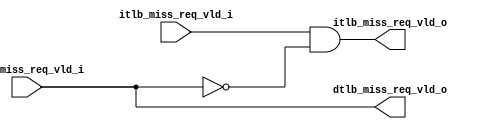
module rvh_tlb_arbiter (
	dtlb_miss_req_vld_i,
	itlb_miss_req_vld_i,
	dtlb_miss_req_vld_o,
	itlb_miss_req_vld_o
);
	parameter DTLB_PRIOR = 1;
	input dtlb_miss_req_vld_i;
	input itlb_miss_req_vld_i;
	output dtlb_miss_req_vld_o;
	output itlb_miss_req_vld_o;
	assign dtlb_miss_req_vld_o = (DTLB_PRIOR ? dtlb_miss_req_vld_i : dtlb_miss_req_vld_i & ~itlb_miss_req_vld_i);
	assign itlb_miss_req_vld_o = (DTLB_PRIOR ? itlb_miss_req_vld_i & ~dtlb_miss_req_vld_i : itlb_miss_req_vld_i);
endmodule